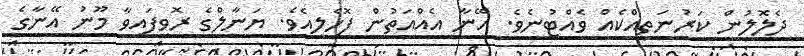
ދެލޮލުން ކަރުނަތިއްކެއް ވެއްޓުނެވެ. އޭނާ އެއްއަތުން ފޮހެލިއެވެ. ޔަނާލްގެ ރޮވިފައިވާ މޫނު އޭނާގެ